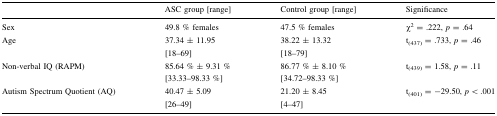
<table><thead><tr><td></td><td><b>ASC group [range]</b></td><td><b>Control group [range]</b></td><td><b>Significance</b></td></tr></thead><tbody><tr><td>Sex</td><td>49.8 % females</td><td>47.5 % females</td><td>χ<sup>2</sup> = .222, <i>p</i> = .64</td></tr><tr><td>Age</td><td>37.34 ± 11.95[18–69]</td><td>38.22 ± 13.32[18–79]</td><td>t<sub>(437)</sub> = .733, <i>p</i> = .46</td></tr><tr><td>Non-verbal IQ (RAPM)</td><td>85.64 % ± 9.31 %[33.33–98.33 %]</td><td>86.77 % ± 8.10 %[34.72–98.33 %]</td><td>t<sub>(439)</sub> = 1.58, <i>p</i> = .11</td></tr><tr><td>Autism Spectrum Quotient (AQ)</td><td>40.47 ± 5.09[26–49]</td><td>21.20 ± 8.45[4–47]</td><td>t<sub>(401)</sub> = −29.50, <i>p</i> &lt; .001</td></tr></tbody></table>